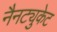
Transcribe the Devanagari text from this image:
नैनट्युकेट